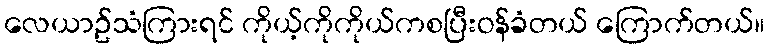
လေယာဥ်သံကြားရင် ကိုယ့်ကိုကိုယ်ကစပြီးဝန်ခံတယ် ကြောက်တယ်။